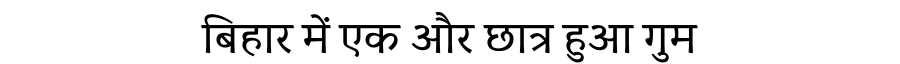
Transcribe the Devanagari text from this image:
बिहार में एक और छात्र हुआ गुम